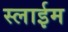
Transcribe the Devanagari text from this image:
स्लाईम